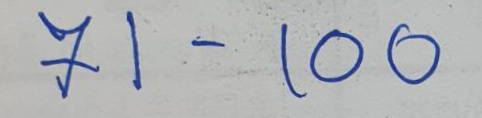
71 - 100